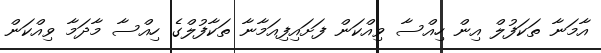
އާމަނާ ތަކަފުލް އިން ހިއްސާ ވިއްކަން ފަށައިފިއަމާނާ ތަކާފުލްގެ ހިއްސާ މާދަމާ ވިއްކަން